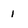
Character: 1